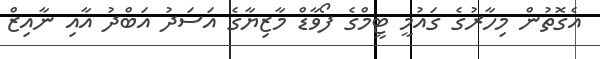
އެގޮތުން މިހާރުގެ ގައުމީ ޓީމްގެ ފޯވާޑް މާޒިޔާގެ އަސަދު އަބްދު އާއި ނާއިޒް